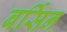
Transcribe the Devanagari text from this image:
बर्सिन